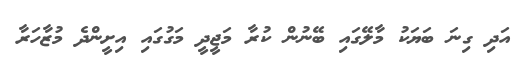
އަދި ގިނަ ބަޔަކު މާލޭގައި ބޭނުން ކުރާ މަޖީދީ މަގުގައި އިށީންދެ މުޒާހަރާ